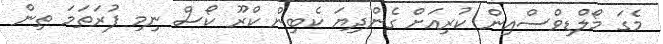
މެގަ މޯލްޑިވްސްއިން ކުރިއަށް ގެންދިޔަ ކެބިން ކްރޫ ކޯސް ނިމި ފުރަތަމަ ތިން